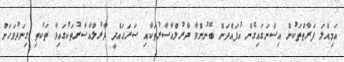
އަމިއްލަ ފަރާތްތަކުން އިސްނަގައިގެން އުފައްދަން ބޭނުންވާ ދާރުލްއާސާރުތަކާއި ސަރަޙައްދީ ދާރުލްއާސާރުތަކުގައިވާ ތަކެތި ގިނަދުވަހަށް